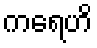
ကရေဟိ